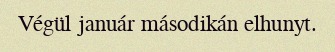
Végül január másodikán elhunyt.